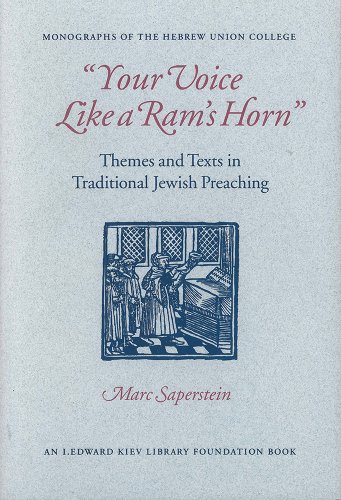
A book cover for Your Voice Like a Ram's Horn: Themes and Texts in Traditional Jewish Preaching (Monographs of the Hebrew Union College); Marc Saperstein; Religion & Spirituality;